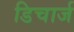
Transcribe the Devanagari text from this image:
डिचार्ज